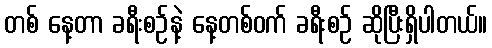
တစ် နေ့တာ ခရီးစဉ်နဲ့ နေ့တစ်ဝက် ခရီးစဉ် ဆိုပြီးရှိပါတယ်။